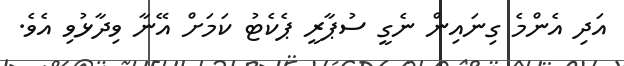
އަދި އެންމެ ގިނައިން ނެގީ ސުޕާރީ ޕެކެޓު ކަމަށް އޭނާ ވިދާޅުވި އެވެ.